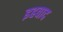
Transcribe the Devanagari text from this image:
इहवाद